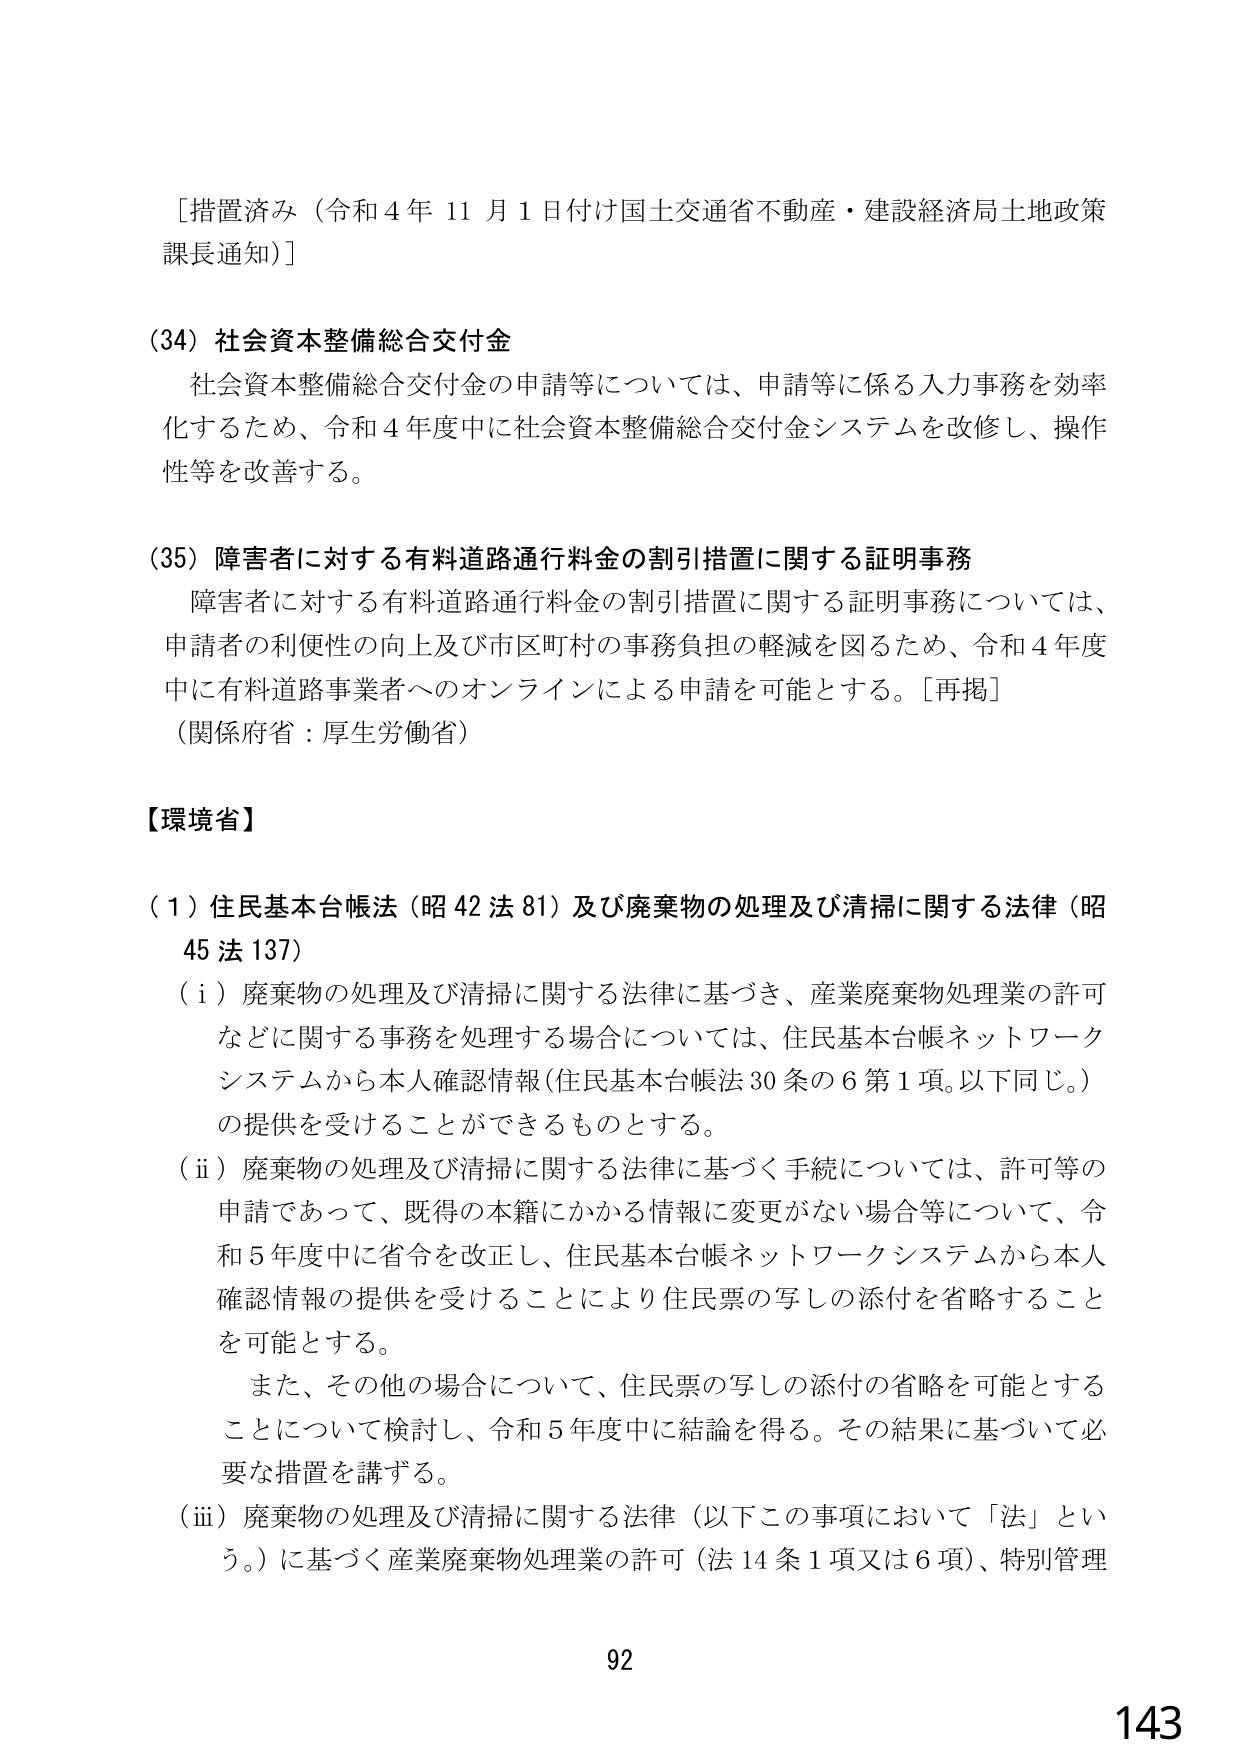
[措置済み（令和４年１１月１日付け国土交通省不動産・建設経済局土地政策課長通知）]

（34）社会資本整備総合交付金
社会資本整備総合交付金の申請等については、申請等に係る入力事務を効率化するため、令和４年度中に社会資本整備総合交付金システムを改修し、操作性等を改善する。

（35）障害者に対する有料道路通行料金の割引措置に関する証明事務
障害者に対する有料道路通行料金の割引措置に関する証明事務については、申請者の利便性の向上及び市区町村の事務負担の軽減を図るため、令和４年度中に有料道路事業者へのオンラインによる申請を可能とする。[再掲]
（関係府省：厚生労働省）

【環境省】

（１）住民基本台帳法（昭４２法８１）及び廃棄物の処理及び清掃に関する法律（昭４５法１３７）
（ⅰ）廃棄物の処理及び清掃に関する法律に基づき、産業廃棄物処理業の許可などに関する事務を処理する場合については、住民基本台帳ネットワークシステムから本人確認情報（住民基本台帳法３０条の６第１項。以下同じ。）の提供を受けることができるものとする。
（ⅱ）廃棄物の処理及び清掃に関する法律に基づく手続については、許可等の申請であって、既得の本籍にかかる情報に変更がない場合等について、令和５年度中に省令を改正し、住民基本台帳ネットワークシステムから本人確認情報の提供を受けることにより住民票の写しの添付を省略することを可能とする。
　また、その他の場合について、住民票の写しの添付の省略を可能とすることについて検討し、令和５年度中に結論を得る。その結果に基づいて必要な措置を講ずる。
（ⅲ）廃棄物の処理及び清掃に関する法律（以下この事項において「法」という。）に基づく産業廃棄物処理業の許可（法１４条１項又は６項）、特別管理

92
143